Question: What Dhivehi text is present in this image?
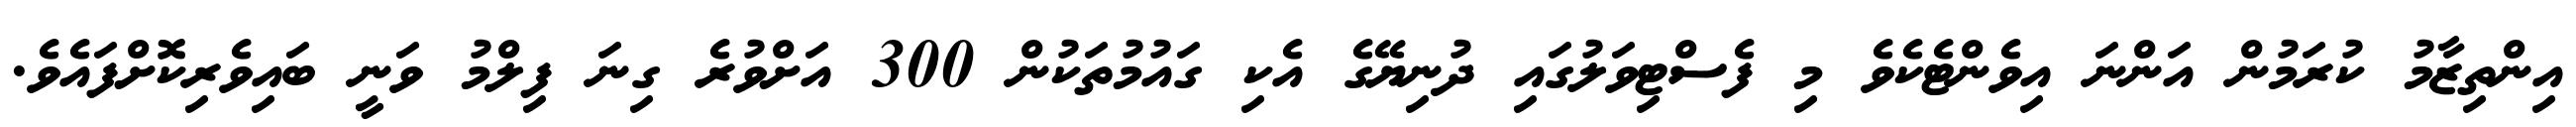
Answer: އިންތިޒާމު ކުރަމުން އަންނަ އިވެންޓެކެވެ މި ފެސްޓިވަލުގައި ދުނިޔޭގެ އެކި ގައުމުތަކުން 300 އަށްވުރެ ގިނަ ފިލްމު ވަނީ ބައިވެރިކޮށްފައެވެ.